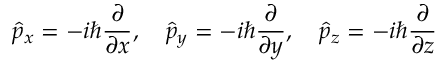
{ \hat { p } } _ { x } = - i \hbar { \frac { \partial } { \partial x } } , \quad { \hat { p } } _ { y } = - i \hbar { \frac { \partial } { \partial y } } , \quad { \hat { p } } _ { z } = - i \hbar { \frac { \partial } { \partial z } } \,